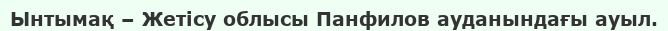
Ынтымақ – Жетісу облысы Панфилов ауданындағы ауыл.